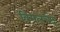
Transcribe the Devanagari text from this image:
विमलचंद्र